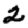
Digit: 2